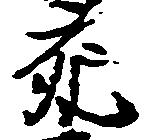
死